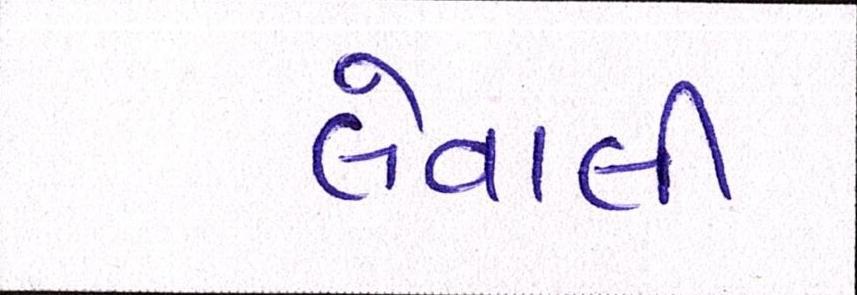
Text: લેવાલીઃ